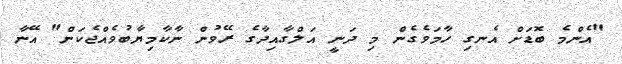
"އެންމެ ބޮޑަށް އެނގި ހާމަވެގެން މި ދަނީ އަލްގާއިދާގެ ރޭވުން ނާކާމިޔާބުވެއްޖެކަން" އޭނާ